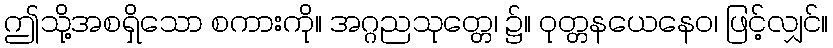
ဤသို့အစရှိသော စကားကို။ အဂ္ဂညသုတ္တေ၊ ၌။ ဝုတ္တနယေနေဝ၊ ဖြင့်လျှင်။